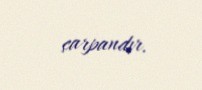
çarpandır.